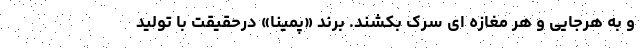
و به هر‌جایی و هر مغازه ای سرک بکشند. برند «پمینا» درحقیقت با تولید